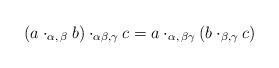
LaTeX: \begin{align*}(a \cdot_{\alpha,\, \beta} b) \cdot_{\alpha \beta, \gamma} c = a \cdot_{\alpha,\, \beta \gamma} (b \cdot_{\beta, \gamma} c)\end{align*}